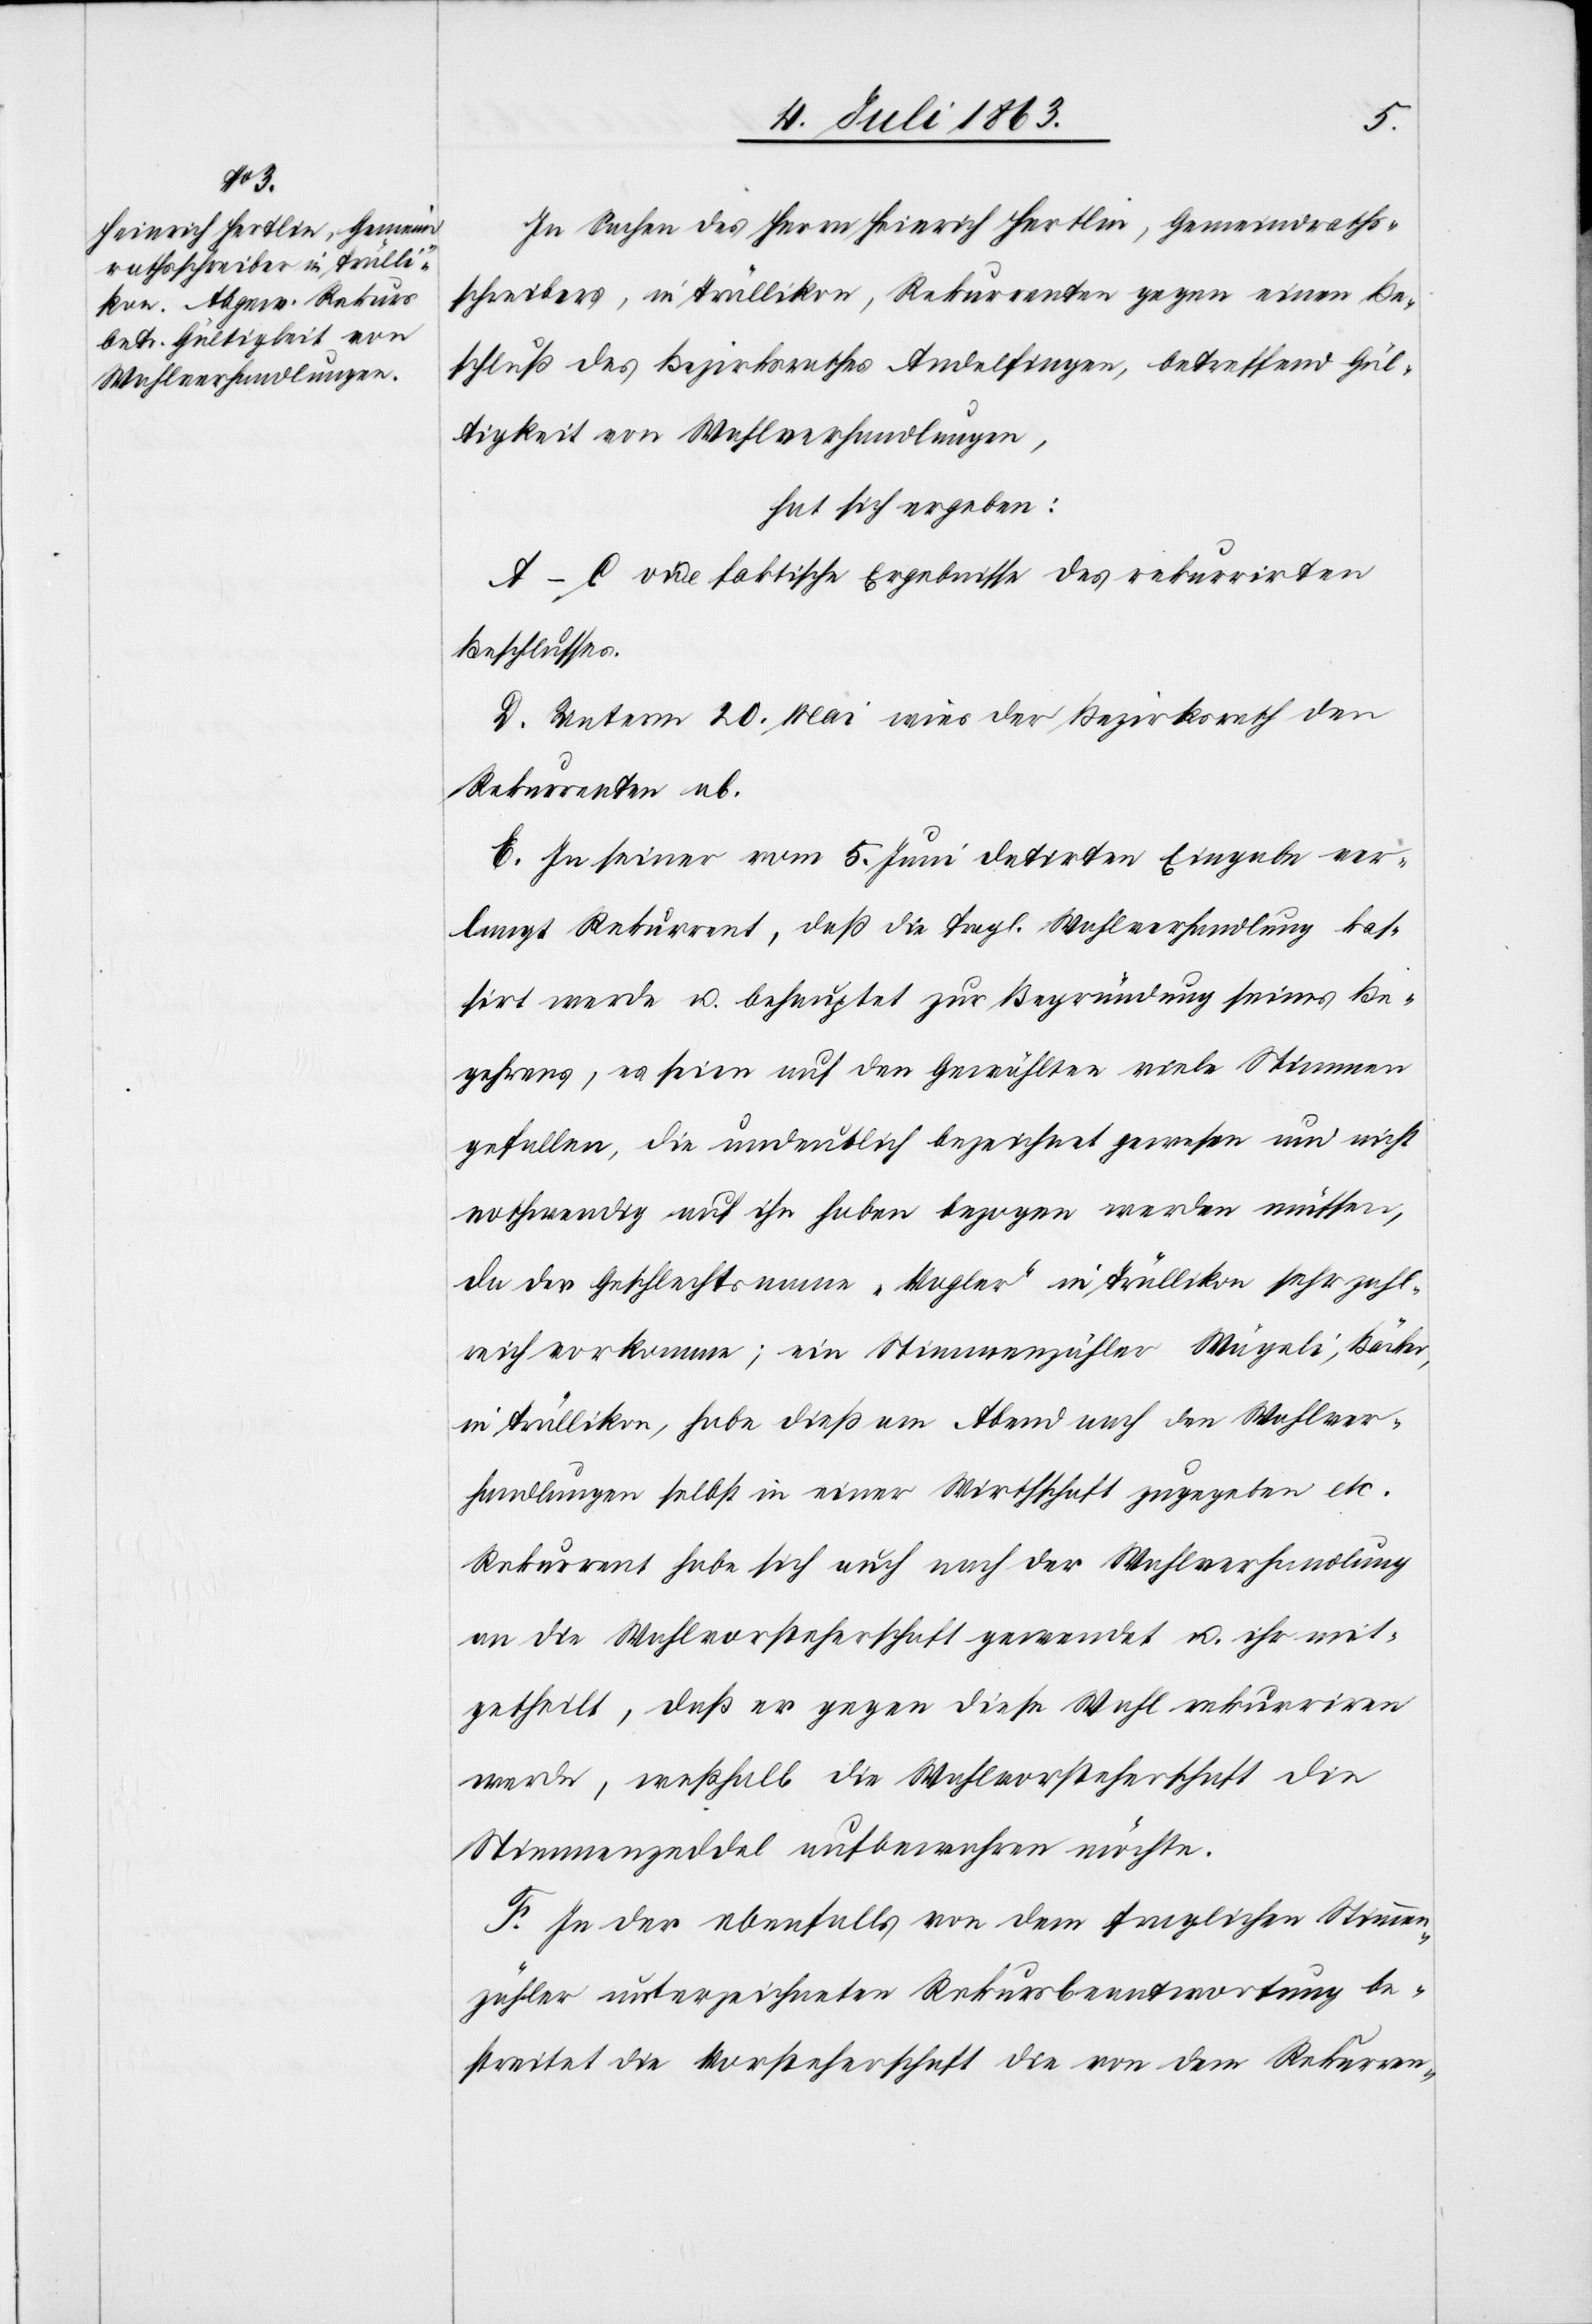
In Sachen des Herrn Heinrich Hertlin, Gemeindraths¬
schreibers, in Trüllikon, Rekurrenten gegen einen Be¬
schluß des Bezirksrathes Andelfingen, betreffend Gül¬
tigkeit von Wahlverhandlungen,
hat sich ergeben:
A–C vide faktische Ergebnisse des rekurrirten
Beschlusses.
D. Unterm 20. Mai wies der Bezirksrath den
Rekurrenten ab.
E. In seiner vom 5. Juni datirten Eingabe ver¬
langt Rekurrent, daß die fragl. Wahlverhandlung kas¬
sirt werde u. behauptet zur Begründung seines Be¬
gehrens, es seien auf den Gewählten viele Stimmen
gefallen, die undeutlich bezeichnet gewesen und nicht
nothwendig auf ihn haben bezogen werden müssen,
da der Geschlechtsname „Vogler“ in Trüllikon sehr zahl¬
reich vorkomme; ein Stimmenzähler Wägeli, Bäcker,
in Trüllikon, habe dieß am Abend nach den Wahlver¬
handlungen selbst in einer Wirthschaft zugegeben etc.
Rekurrent habe sich auch nach der Wahlverhandlung
an die Wahlvorsteherschaft gewendet u. ihr mit¬
getheilt, daß er gegen diese Wahl rekurriren
werde, weßhalb die Wahlvorsteherschaft die
Stimmenzeddel [sic!] aufbewahren möchte.
F. In der ebenfalls von dem fraglichen Stimmen¬
zähler unterzeichneten Rekursbeantwortung be¬
streitet die Vorsteherschaft die von dem Rekurren-